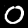
Digit: 0